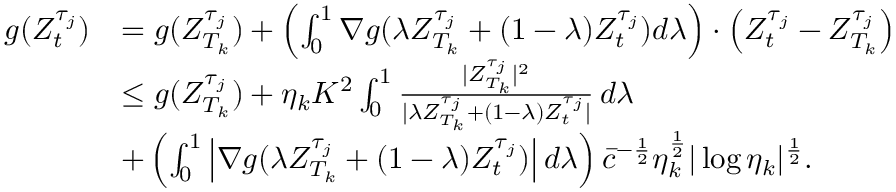
\begin{array} { r l } { g ( Z _ { t } ^ { \tau _ { j } } ) } & { = g ( Z _ { T _ { k } } ^ { \tau _ { j } } ) + \left( \int _ { 0 } ^ { 1 } \nabla g ( \lambda Z _ { T _ { k } } ^ { \tau _ { j } } + ( 1 - \lambda ) Z _ { t } ^ { \tau _ { j } } ) d \lambda \right) \cdot \left( Z _ { t } ^ { \tau _ { j } } - Z _ { T _ { k } } ^ { \tau _ { j } } \right) } \\ & { \leq g ( Z _ { T _ { k } } ^ { \tau _ { j } } ) + \eta _ { k } K ^ { 2 } \int _ { 0 } ^ { 1 } \frac { | Z _ { T _ { k } } ^ { \tau _ { j } } | ^ { 2 } } { | \lambda Z _ { T _ { k } } ^ { \tau _ { j } } + ( 1 - \lambda ) Z _ { t } ^ { \tau _ { j } } | } \, d \lambda } \\ & { + \left( \int _ { 0 } ^ { 1 } \left| \nabla g ( \lambda Z _ { T _ { k } } ^ { \tau _ { j } } + ( 1 - \lambda ) Z _ { t } ^ { \tau _ { j } } ) \right| d \lambda \right) \bar { c } ^ { - \frac { 1 } { 2 } } \eta _ { k } ^ { \frac { 1 } { 2 } } | \log \eta _ { k } | ^ { \frac { 1 } { 2 } } . } \end{array}